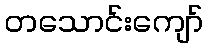
တသောင်းကျော်